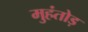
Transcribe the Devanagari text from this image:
मुहंतोड़